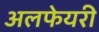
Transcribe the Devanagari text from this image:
अलफेयरी